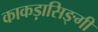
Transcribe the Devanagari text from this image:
काकड़ासिङ्गी